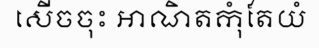
សើចចុះ អាណិតកុំតែយំ